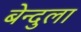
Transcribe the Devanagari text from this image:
बेन्दुला